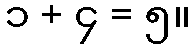
၁ + ၄ = ၅။